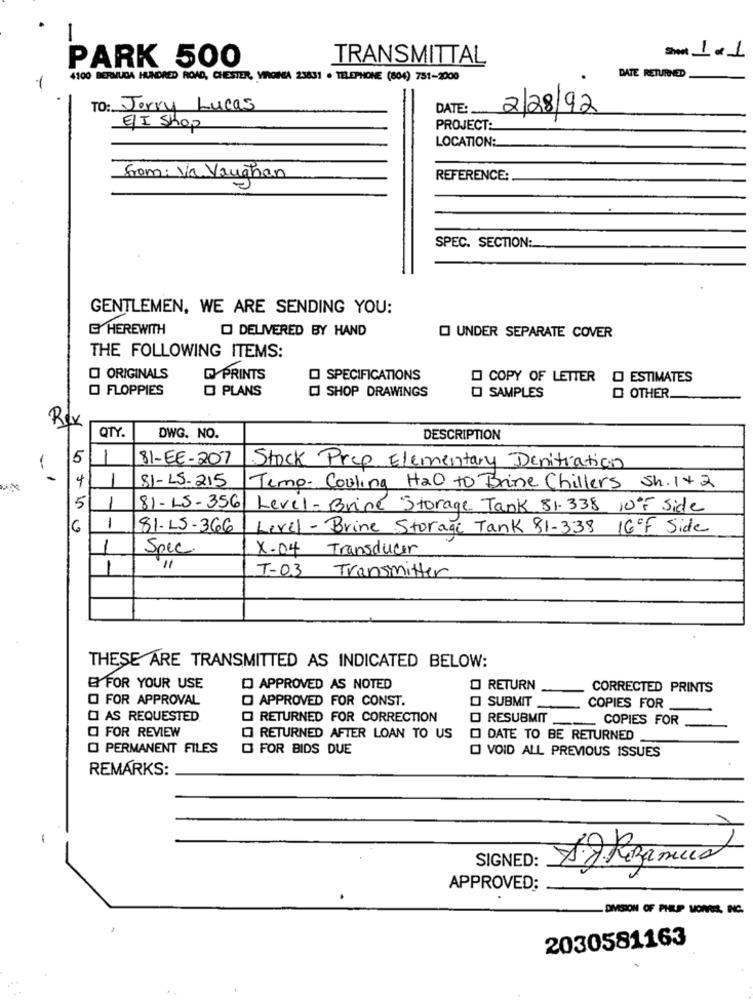
PARK 500
TRANSMITTAL
Short 1 × 1
4100 BERMUDA HUNDRED ROAD, CHESTER, VIRGINIA 23831 . TELEPHONE (804) 751-2000
DATE RETURNED
1
TO: Jerry Lucas
DATE :_
2/28/92
E/I Shop
PROJECT:
LOCATION:
from: Va Vaughan
REFERENCE:
SPEC. SECTION:
GENTLEMEN, WE ARE SENDING YOU:
G HEREWITH
O DELIVERED BY HAND
UNDER SEPARATE COVER
THE FOLLOWING ITEMS:
O ORIGINALS
PRINTS
SPECIFICATIONS
COPY OF LETTER
O ESTIMATES
O FLOPPIES
PLANS
SHOP DRAWINGS
O OTHER.
SAMPLES
Rex
QTY.
DWG. NO.
DESCRIPTION
5
-
81-EE-207
Stock Prep Elementary Denitiation
SI-LS-215
Temp- Cooling HaO to Brine Chillers Sh. 1+2
5
81-15-356
Level -Brine Storage Tank 81. 338 10ºF Side
1
16
81-15-366
Level- Brine Storage Tank 81-338 16ºF Side
-
Spec.
X-04 Transducer
T-03 Transmitter
THESE ARE TRANSMITTED AS INDICATED BELOW:
E FOR YOUR USE
APPROVED AS NOTED
O RETURN
CORRECTED PRINTS
O FOR APPROVAL
APPROVED FOR CONST.
O SUBMIT
COPIES FOR
O AS REQUESTED
RETURNED FOR CORRECTION
O RESUBMIT
COPIES FOR
O FOR REVIEW
RETURNED AFTER LOAN TO US
O DATE TO BE RETURNED
O PERMANENT FILES
D FOR BIDS DUE
O VOID ALL PREVIOUS ISSUES
REMARKS:
1
12.Rezamus
SIGNED:
APPROVED:
-DIVISION OF PHILIP MOWER, INC.
2030581163